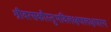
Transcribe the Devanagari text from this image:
श्रीवत्सकौस्तुभविलक्षणलक्षणस्य